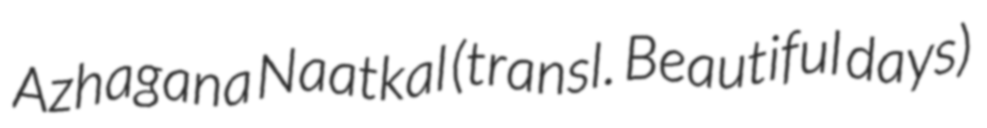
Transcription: Azhagana Naatkal (transl. Beautiful days)